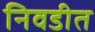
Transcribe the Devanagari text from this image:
निवडीत